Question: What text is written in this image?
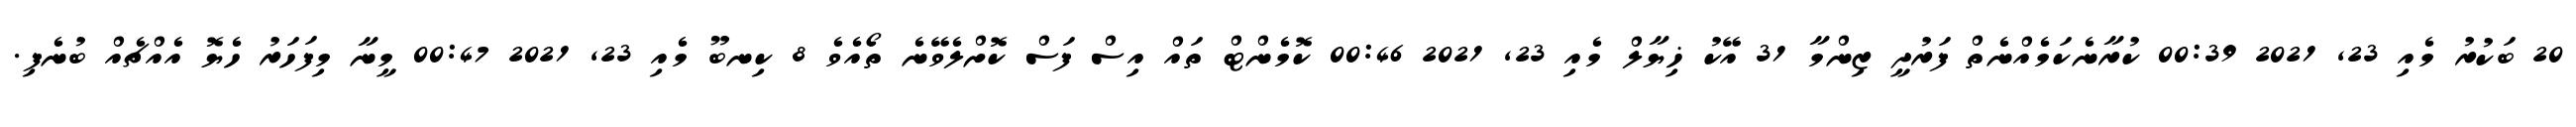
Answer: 20 ބަކުރު މެއި 23, 2021 00:39 ކުރާނެކަމެއްނެތް ފަރުދީ ޒިންމާ 31 އޭކު ޚިޔާލް މެއި 23, 2021 00:46 ކޮމެންޓް ތައް އިސް ފަސް ކޮށްލެވޭނެ ތޯއެވެ 8 ކިނބޫ މެއި 23, 2021 00:47 މީނާ މިފަހަރު ހެޔޮ އެއްޗެއް ބުނެފި.